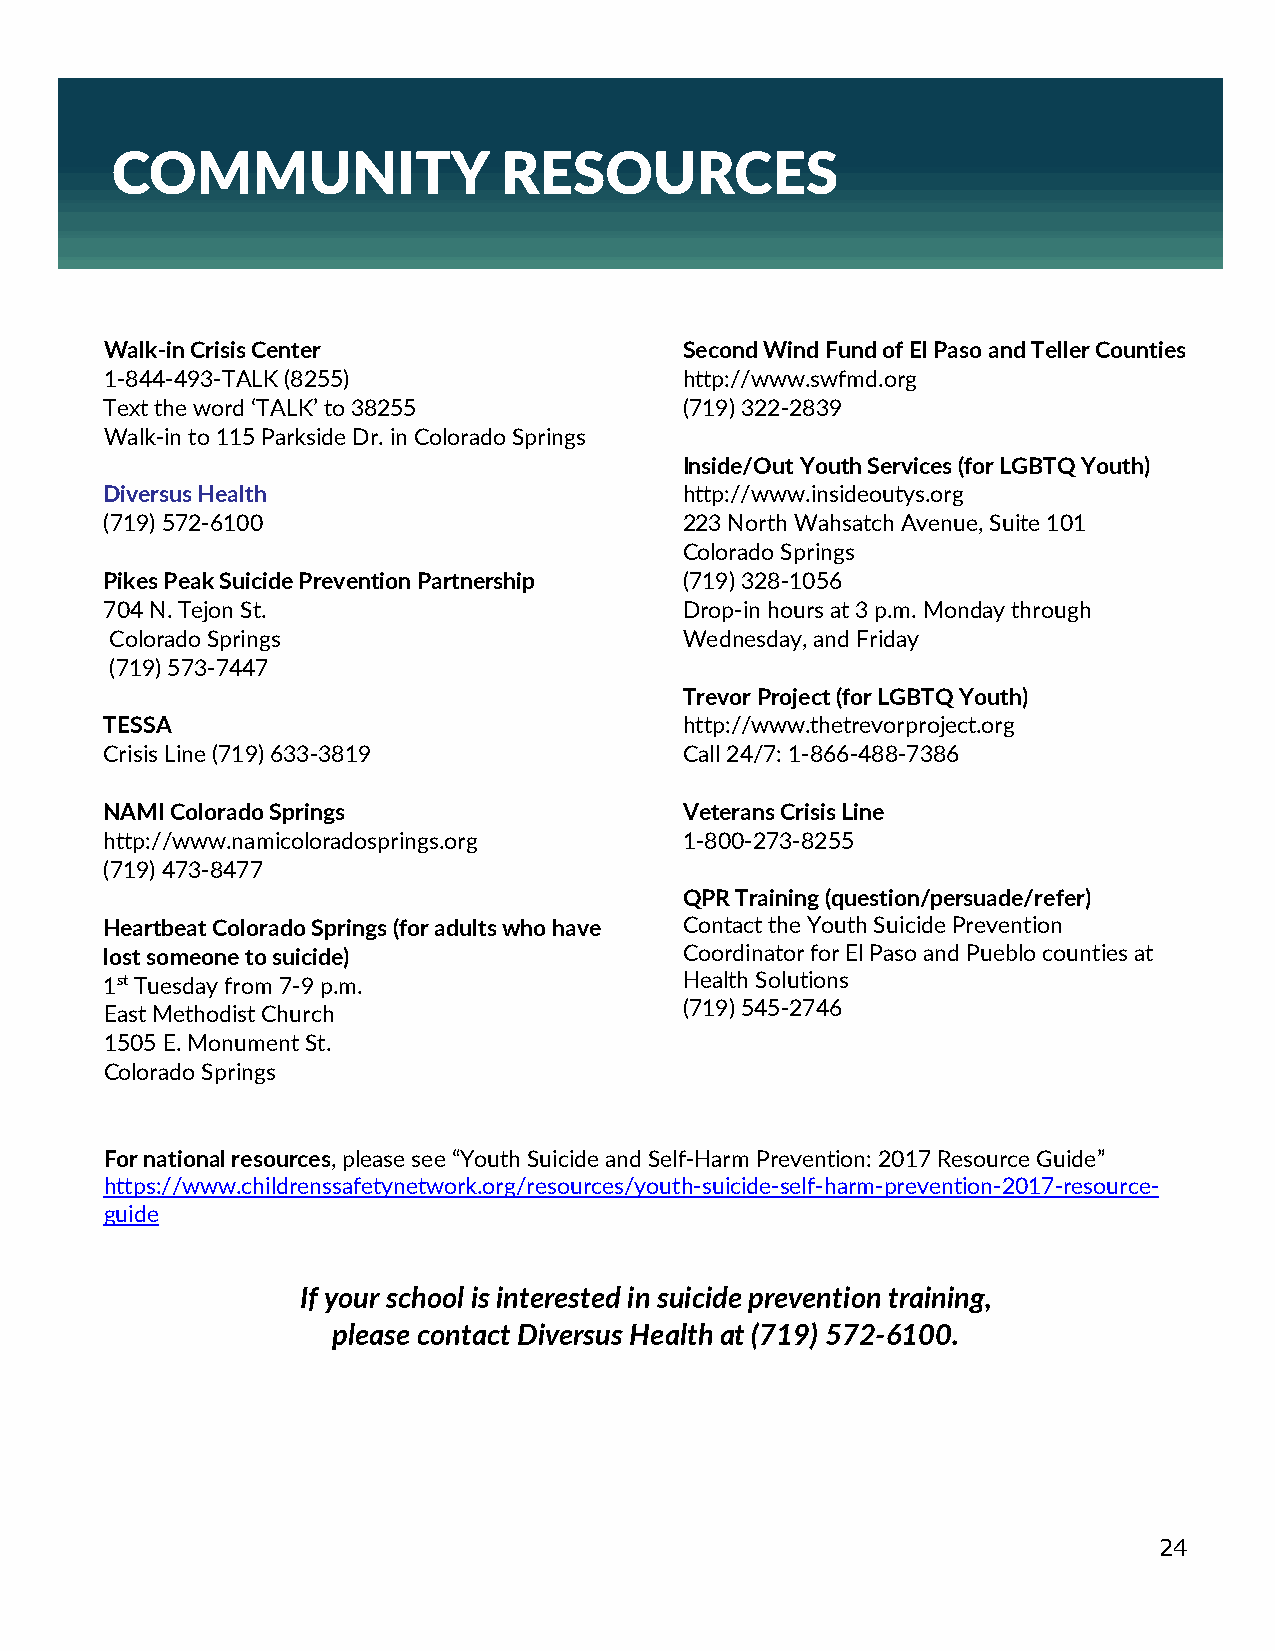
COMMUNITY                 RESOURCES
 Walk-in Crisis Center                 Second Wind Fund of El Paso and Teller Counties
 1-844-493-TALK (8255)                 http://www.swfmd.org
 Text the word ‘TALK’ to 38255         (719) 322-2839
 Walk-in to 115 Parkside Dr. in Colorado Springs
 Inside/Out Youth Services (for LGBTQ Youth)
 Diversus Health                       http://www.insideoutys.org
 (719) 572-6100                        223 North Wahsatch Avenue, Suite 101
 Colorado Springs
 Pikes Peak Suicide Prevention Partnership (719) 328-1056
 704 N. Tejon St.                      Drop-in hours at 3 p.m. Monday through
 Colorado Springs                      Wednesday, and Friday
 (719) 573-7447
 Trevor Project (for LGBTQ Youth)
 TESSA                                 http://www.thetrevorproject.org
 Crisis Line (719) 633-3819            Call 24/7: 1-866-488-7386
 NAMI Colorado Springs                 Veterans Crisis Line
 http://www.namicoloradosprings.org    1-800-273-8255
 (719) 473-8477
 QPR Training (question/persuade/refer)
 Heartbeat Colorado Springs (for adults who have Contact the Youth Suicide Prevention
 lost someone to suicide)              Coordinator for El Paso and Pueblo counties at
 1st Tuesday from 7-9 p.m.             Health Solutions
 (719) 545-2746
 East Methodist Church
 1505 E. Monument St.
 Colorado Springs
 For national resources, please see “Youth Suicide and Self-Harm Prevention: 2017 Resource Guide”
 https://www.childrenssafetynetwork.org/resources/youth-suicide-self-harm-prevention-2017-resource-
 guide
 If your school is interested in suicide prevention training,
 please contact Diversus Health at (719) 572-6100.
 24